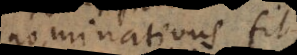
nominativus fit